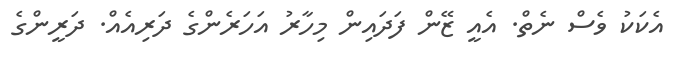
އެކަކު ވެސް ނެތް. އެއީ ޒޭން ފަދައިން މިހާރު އަހަރެންގެ ދަރިއެއް. ދަރީންގެ